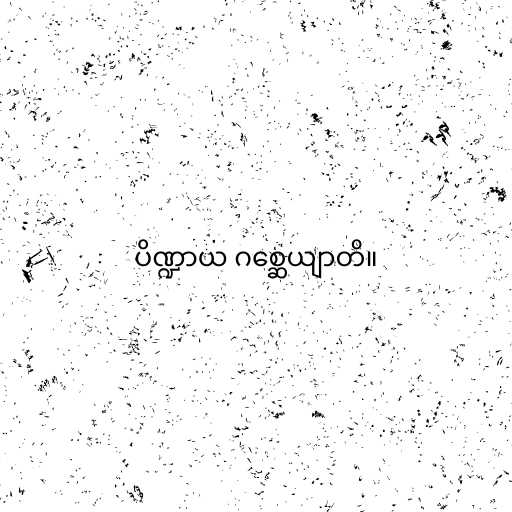
ပိဏ္ဍာယ ဂစ္ဆေယျာတိ။